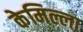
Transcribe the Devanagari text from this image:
केमिल्ला